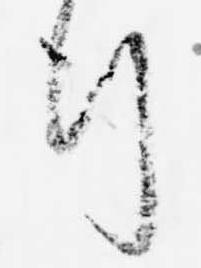
行